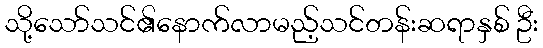
သို့သော်သင်၏နောက်လာမည့်သင်တန်းဆရာနှစ် ဦး